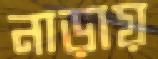
নাড়ায়